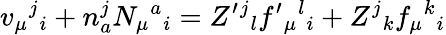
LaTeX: v_{\mu}{}^{j}{}_{i}+n_{a}^{j}N_{\mu}{}^{a}{}_{i}=Z^{\prime}{}^{j}{}_{l}f^{\prime}{}_{\mu}{}^{l}{}_{i}+Z^{j}{}_{k}f_{\mu}{}^{k}{}_{i}